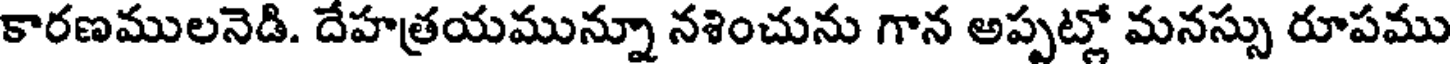
కారణములనెడి. దేహత్రయమున్నూ నశించును గాన అప్పట్లో మనస్సు రూపము